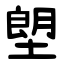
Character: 塱